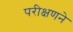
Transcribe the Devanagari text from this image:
परीक्षणने